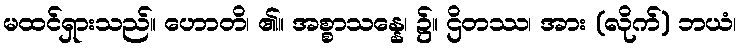
မထင်ရှားသည်။ ဟောတိ၊ ၏။ အစ္စာသန္နေ၊ ၌။ ဌိတဿ၊ အား (လိုက်) ဘယံ၊